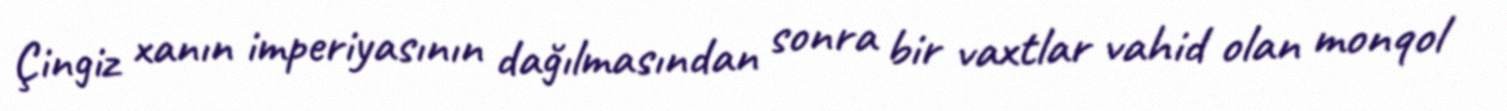
Çingiz xanın imperiyasının dağılmasından sonra bir vaxtlar vahid olan monqol